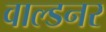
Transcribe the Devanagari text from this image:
वाल्डनर